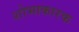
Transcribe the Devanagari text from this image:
शोभाकारक